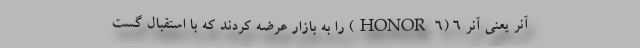
آنر یعنی آنر 6 (HONOR 6) را به بازار عرضه کردند که با استقبال گست